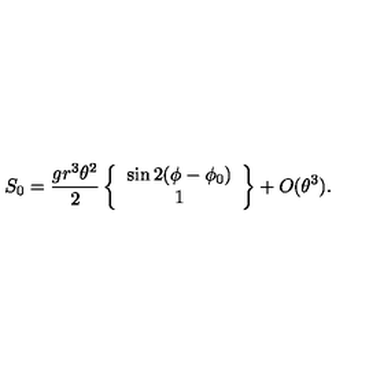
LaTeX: S _ { 0 } = \frac { g r ^ { 3 } \theta ^ { 2 } } { 2 } \left\{ \begin{array} { c } { \sin 2 ( \phi - \phi _ { 0 } ) } \\ { 1 } \\ \end{array} \right\} + O ( \theta ^ { 3 } ) .